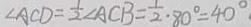
\angle A C D = \frac { 1 } { 2 } \angle A C B = \frac { 1 } { 2 } \cdot 8 0 ^ { \circ } = 4 0 ^ { \circ }